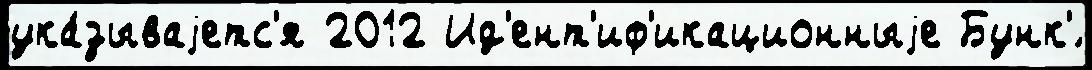
ука́зываjетс'я 2012 Ид'ент'иф'икационныjе Бунк'́